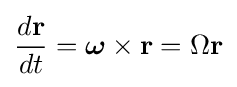
{\frac {d\mathbf {r} }{dt}}={\boldsymbol {\omega }}\times \mathbf {r} =\Omega \mathbf {r}